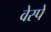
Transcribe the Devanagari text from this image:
वेस्पे